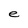
Character: e